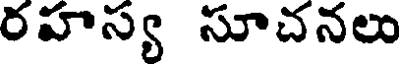
రహస్య సూచనలు